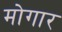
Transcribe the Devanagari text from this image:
मोगार